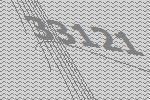
33121